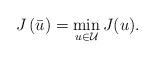
LaTeX: \begin{align*} J\left(\bar u\right) = \min_{u \in \mathcal U} J(u). \end{align*}